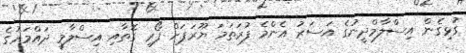
ގުޅިގެން އިސްލާމްދީނުގެ އަސަރު އެންމެ ފުރަތަމަ ޔޫރަޕަށް ފޯރި ގޮތާއި އިސްލާމީ ދައްމަރުގެ